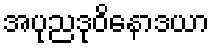
အပုညဒုဝိနောဒယာ